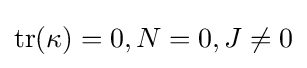
\operatorname {tr} (\kappa )=0,N=0,J\neq 0